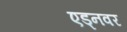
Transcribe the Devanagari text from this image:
एड्नवर